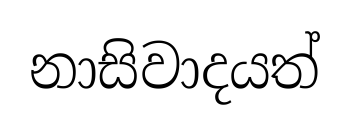
නාසිවාදයත්